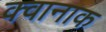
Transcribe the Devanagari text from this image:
क्वानाक